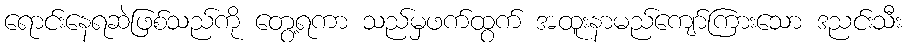
ရောင်းနေရဆဲဖြစ်သည်ကို တွေ့ရကာ သည်မှဖက်ထွက် အထူးနာမည်ကျော်ကြားသော ဒညင်းသီး